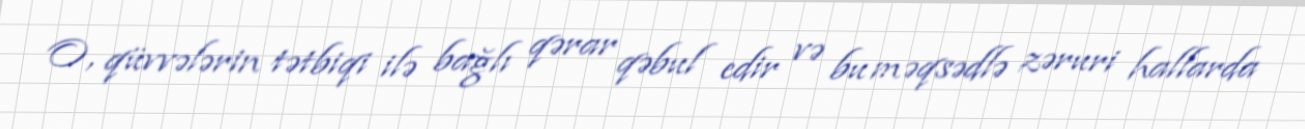
O, qüvvələrin tətbiqi ilə bağlı qərar qəbul edir və bu məqsədlə zəruri hallarda